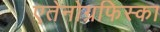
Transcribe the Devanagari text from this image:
एतेनोग्रफिस्का